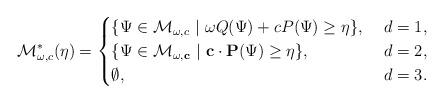
LaTeX: \begin{align*}\mathcal{M}_{\omega,c}^*(\eta)=\begin{cases} \{\Psi \in \mathcal{M}_{\omega,c}\ |\ \omega Q(\Psi)+cP(\Psi)\ge \eta\},&\ d=1,\\\{\Psi \in \mathcal{M}_{\omega,\mathbf{c}}\ |\ \mathbf{c}\cdot \mathbf{P}(\Psi)\ge \eta\},&\ d=2,\\\emptyset,&\ d=3.\end{cases}\end{align*}